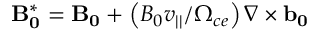
\mathbf { B _ { 0 } ^ { * } } = \mathbf { B _ { 0 } } + \left( B _ { 0 } v _ { | | } / \Omega _ { c e } \right) \nabla \times \mathbf { b _ { 0 } }